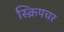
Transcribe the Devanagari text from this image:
स्क्रिपचर